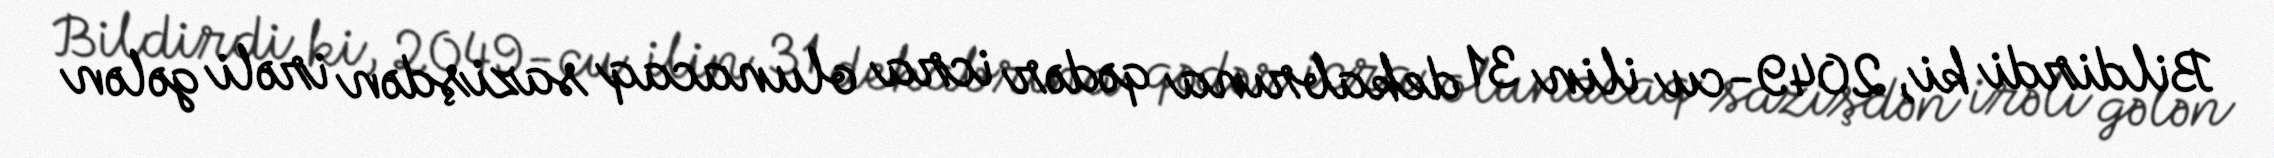
Bildirdi ki, 2049-cu ilin 31 dekabrına qədər icra olunacaq sazişdən irəli gələn